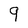
Character: 9